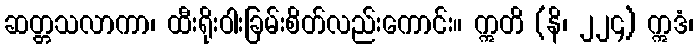
ဆတ္တသလာကာ၊ ထီးရိုးဝါးခြမ်းစိတ်လည်းကောင်း။ ဣတိ (နိ၊ ၂၂၄) ဣဒံ၊